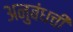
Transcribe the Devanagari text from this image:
अनुबंधची